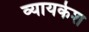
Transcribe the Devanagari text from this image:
व्यायकेश